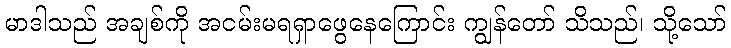
မာဒါသည် အချစ်ကို အငမ်းမရရှာဖွေနေကြောင်း ကျွန်တော် သိသည်၊ သို့သော်